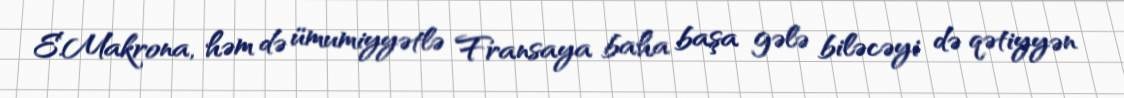
E.Makrona, həm də ümumiyyətlə Fransaya baha başa gələ biləcəyi də qətiyyən